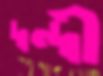
দ্বন্দ্বী